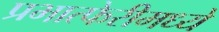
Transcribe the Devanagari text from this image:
प्रभात्फेरीमध्ये